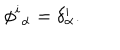
\phi ^ { i } { } _ { \alpha } = \delta _ { \alpha } ^ { i } .